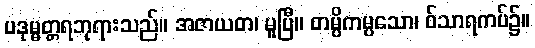
ပဒုမ္မတ္တရဘုရားသည်။ အဇာယတ၊ မူပြီ။ တမ္ပိကမ္ပသော၊ ဝ်သာရကပ်၌။